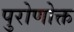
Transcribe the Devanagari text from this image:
पुरोणोक्त